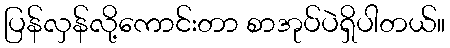
ပြန်လှန်လို့ကောင်းတာ စာအုပ်ပဲရှိပါတယ်။